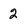
Character: 2